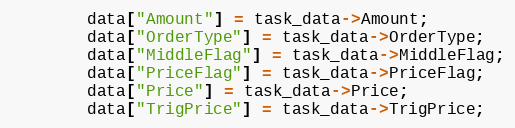
Language: C++
		data["Amount"] = task_data->Amount;
		data["OrderType"] = task_data->OrderType;
		data["MiddleFlag"] = task_data->MiddleFlag;
		data["PriceFlag"] = task_data->PriceFlag;
		data["Price"] = task_data->Price;
		data["TrigPrice"] = task_data->TrigPrice;